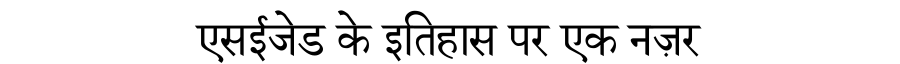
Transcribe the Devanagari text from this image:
एसईजेड के इतिहास पर एक नज़र